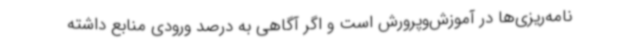
نامه‌ریزی‌ها در آموزش‌وپرورش است و اگر آگاهی به درصد ورودی منابع داشته